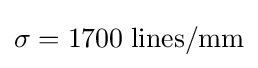
\sigma =1700\;\mathrm {lines/mm}